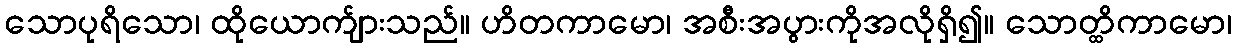
သောပုရိသော၊ ထိုယောက်ျားသည်။ ဟိတကာမော၊ အစီးအပွားကိုအလိုရှိ၍။ သောတ္ထိကာမော၊